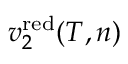
v _ { 2 } ^ { \mathrm { r e d } } ( T , n )